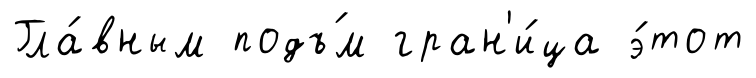
Гла́вным подъ́м гран'и́ца э́тот